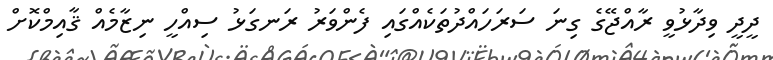
ދީދީ ވިދާޅުވީ ރާއްޖޭގެ ގިނަ ސަރަހައްދުތަކެއްގައި ފެންވަރު ރަނގަޅު ސިއްހީ ނިޒާމެއް ޤާއިމްކޮށް